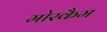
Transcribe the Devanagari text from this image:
मोरकैम